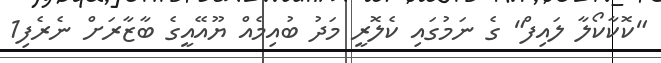
"ކޮކާކޯލާ ލައިފް" ގެ ނަމުގައި ކެލޮރީ މަދު ބުއިމެއް ޔޫއޭއީގެ ބާޒާރަށް ނެރެފި1